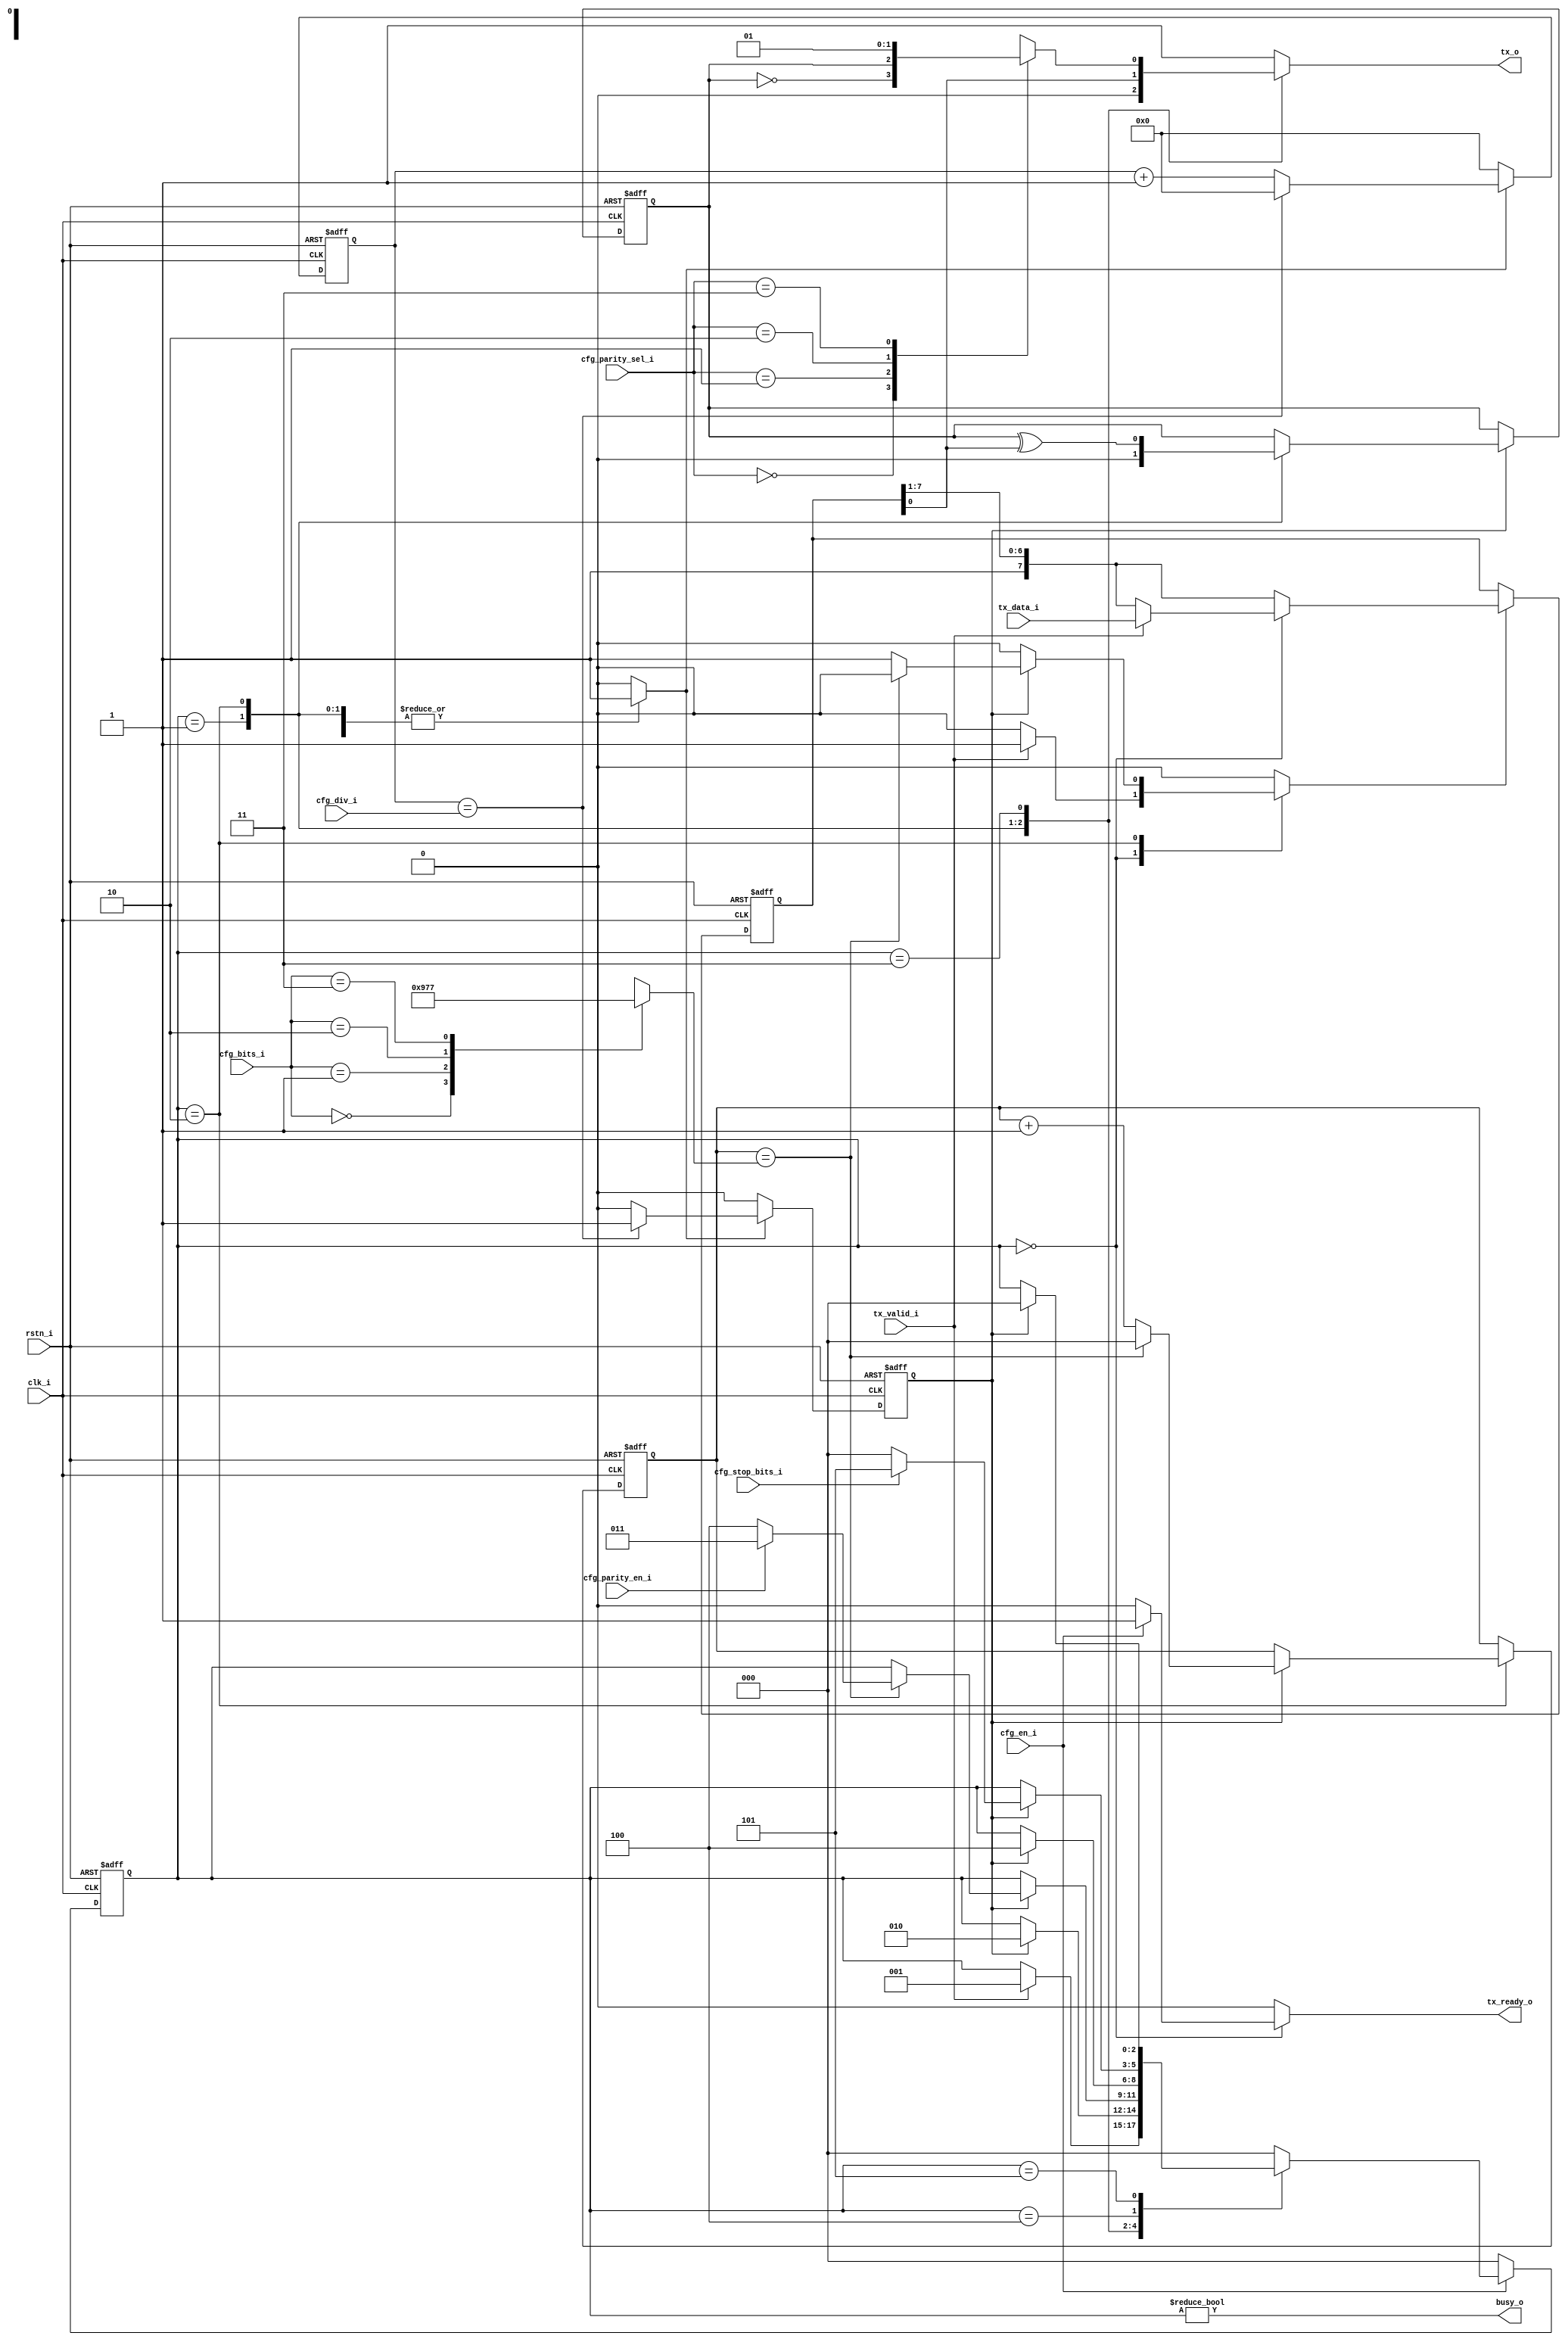
// Copyright 2017 ETH Zurich and University of Bologna.
// -- Adaptable modifications made for hbirdv2 SoC. -- 
// Copyright 2020 Nuclei System Technology, Inc.
// Copyright and related rights are licensed under the Solderpad Hardware
// License, Version 0.51 (the License); you may not use this file except in
// compliance with the License.  You may obtain a copy of the License at
// http://solderpad.org/licenses/SHL-0.51. Unless required by applicable law
// or agreed to in writing, software, hardware and materials distributed under
// this License is distributed on an AS IS BASIS, WITHOUT WARRANTIES OR
// CONDITIONS OF ANY KIND, either express or implied. See the License for the
// specific language governing permissions and limitations under the License.

module uart_tx (
    input  wire        clk_i,
    input  wire        rstn_i,
    output reg         tx_o,
    output wire        busy_o,
    input  wire        cfg_en_i,
    input  wire [15:0] cfg_div_i,
    input  wire        cfg_parity_en_i,
    input  wire [1:0]  cfg_parity_sel_i,
    input  wire [1:0]  cfg_bits_i,
    input  wire        cfg_stop_bits_i,
    input  wire [7:0]  tx_data_i,
    input  wire        tx_valid_i,
    output reg         tx_ready_o
);

    localparam [2:0] IDLE           = 0;
    localparam [2:0] START_BIT      = 1;
    localparam [2:0] DATA           = 2;
    localparam [2:0] PARITY         = 3;
    localparam [2:0] STOP_BIT_FIRST = 4;
    localparam [2:0] STOP_BIT_LAST  = 5;

    reg [2:0]  CS,NS;
   
    reg [7:0]  reg_data;
    reg [7:0]  reg_data_next;
    reg [2:0]  reg_bit_count;
    reg [2:0]  reg_bit_count_next;

    reg [2:0]  s_target_bits;

    reg        parity_bit;
    reg        parity_bit_next;

    reg        sampleData;

    reg [15:0] baud_cnt;
    reg        baudgen_en;
    reg        bit_done;

    assign busy_o = (CS != IDLE);

    always @(*) begin
        case (cfg_bits_i)
            2'b00: s_target_bits = 3'h4;
            2'b01: s_target_bits = 3'h5;
            2'b10: s_target_bits = 3'h6;
            2'b11: s_target_bits = 3'h7;
        endcase
    end
    
    always @(*) begin
        NS                 = CS;
        tx_o               = 1'b1;
        sampleData         = 1'b0;
        reg_bit_count_next = reg_bit_count;
        reg_data_next      = {1'b1, reg_data[7:1]};
        tx_ready_o         = 1'b0;
        baudgen_en         = 1'b0;
        parity_bit_next    = parity_bit;

        case (CS)
            IDLE: begin
                if (cfg_en_i)
                    tx_ready_o = 1'b1;
                if (tx_valid_i) begin
                    NS            = START_BIT;
                    sampleData    = 1'b1;
                    reg_data_next = tx_data_i;
                end
            end
            START_BIT: begin
                tx_o            = 1'b0;
                parity_bit_next = 1'b0;
                baudgen_en      = 1'b1;
                if (bit_done)
                    NS = DATA;
            end
            DATA: begin
                tx_o            = reg_data[0];
                baudgen_en      = 1'b1;
                parity_bit_next = parity_bit ^ reg_data[0];

		if (bit_done) begin
                    if (reg_bit_count == s_target_bits) begin
                        reg_bit_count_next = 'h0;
                        if (cfg_parity_en_i)
                            NS = PARITY;
                        else
                            NS = STOP_BIT_FIRST;
		    end else begin
                        reg_bit_count_next = reg_bit_count + 1;
                        sampleData         = 1'b1;
                    end
		end
            end
            PARITY: begin
                case (cfg_parity_sel_i)
                    2'b00: tx_o = ~parity_bit;
                    2'b01: tx_o = parity_bit;
                    2'b10: tx_o = 1'b0;
                    2'b11: tx_o = 1'b1;
                endcase

                baudgen_en = 1'b1;

                if (bit_done)
                    NS = STOP_BIT_FIRST;
            end
            STOP_BIT_FIRST: begin
                tx_o       = 1'b1;
                baudgen_en = 1'b1;

		if (bit_done) begin
                    if (cfg_stop_bits_i)
                        NS = STOP_BIT_LAST;
                    else
                        NS = IDLE;
		end
            end
            STOP_BIT_LAST: begin
                tx_o = 1'b1;
                baudgen_en = 1'b1;
                if (bit_done)
                    NS = IDLE;
            end
            default: NS = IDLE;
        endcase
    end


    always @(posedge clk_i or negedge rstn_i) begin
        if (rstn_i == 1'b0) begin
            CS            <= IDLE;
            reg_data      <= 8'hff;
            reg_bit_count <= 'h0;
            parity_bit    <= 1'b0;
	end else begin
            if (bit_done)
                parity_bit <= parity_bit_next;
            if (sampleData)
                reg_data   <= reg_data_next;

            reg_bit_count  <= reg_bit_count_next;
            
	    if (cfg_en_i)
                CS <= NS;
            else
                CS <= IDLE;
        end
    end

    always @(posedge clk_i or negedge rstn_i) begin
        if (rstn_i == 1'b0) begin
            baud_cnt <= 'h0;
            bit_done <= 1'b0;
	end else if (baudgen_en) begin
            if (baud_cnt == cfg_div_i) begin
                baud_cnt <= 'h0;
                bit_done <= 1'b1;
            end
            else begin
                baud_cnt <= baud_cnt + 1;
                bit_done <= 1'b0;
            end
	end else begin
            baud_cnt <= 'h0;
            bit_done <= 1'b0;
        end
    end

    //synopsys translate_off
    always @(posedge clk_i or negedge rstn_i) begin
        if ((tx_valid_i & tx_ready_o) & rstn_i)
            $fwrite(32'h80000002, "%c", tx_data_i);
    end
    //synopsys translate_on    

endmodule